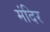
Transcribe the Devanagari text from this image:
मंंदिर